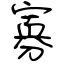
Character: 寡